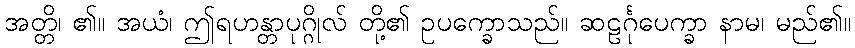
အတ္တိ၊ ၏။ အယံ၊ ဤရဟန္တာပုဂ္ဂိုလ် တို့၏ ဥပက္ခောသည်။ ဆဠင်္ဂုပေက္ခာ နာမ၊ မည်၏။